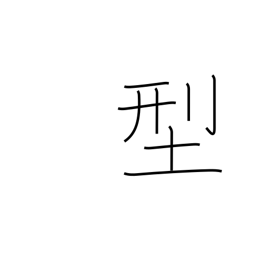
Meaning: type